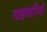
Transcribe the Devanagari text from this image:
माड़वारियो